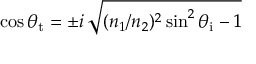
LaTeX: \cos \theta _ { \mathrm { t } } = \pm i \, { \sqrt { ( n _ { 1 } / n _ { 2 } ) ^ { 2 } \sin ^ { 2 } \theta _ { \mathrm { i } } - 1 } }